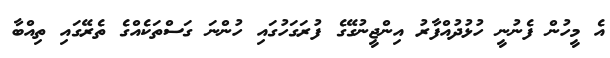
އެ މީހުން ފެނުނީ ހުޅުދުއްފާރު އިންޖީނުގޭގެ ފުރަގަހުގައި ހުންނަ ގަސްތަކެއްގެ ތެރޭގައި ތިއްބާ